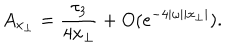
A _ { x _ { \perp } } = \frac { \tau _ { 3 } } { 4 x _ { \perp } } + O ( e ^ { - 4 | \omega | | x _ { \perp } | } ) .